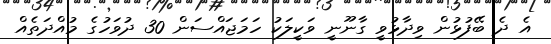
އެ ދެ ބޭފުޅުން ވިދާޅުވީ ގާނޫނީ ވަކީލަކު ހަމަޖައްސަން 30 ދުވަހުގެ މުއްދަތެއް